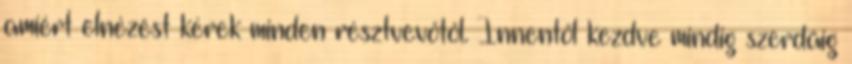
amiért elnézést kérek minden résztvevőtől. Innentől kezdve mindig szerdáig